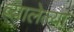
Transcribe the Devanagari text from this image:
व्यालेल्या